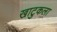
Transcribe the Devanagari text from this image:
खाटुकला